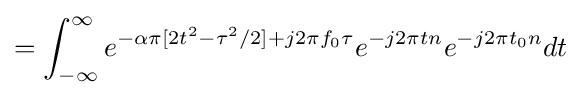
=\int _{-\infty }^{\infty }e^{-\alpha \pi [2t^{2}-\tau ^{2}/2]+j2\pi f_{0}\tau }e^{-j2\pi tn}e^{-j2\pi t_{0}n}dt